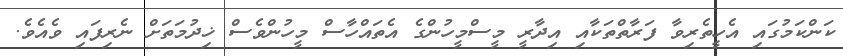
ކަންކަމުގައި އެހީތެރިވާ ފަރާތްތަކާއި އިދާރީ މީސްމީހުންގެ އެތައްހާސް މީހުންވެސް ޚިދުމަތަށް ނެރިފައި ވެއެވެ.